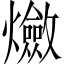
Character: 𤒦